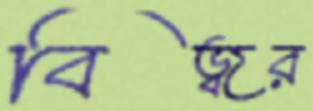
বিজ্বর